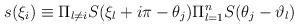
LaTeX: \begin{align*}s(\xi _{i})\equiv \Pi _{l\neq i}S(\xi _{l}+i\pi -\theta _{j})\Pi_{l=1}^{n}S(\theta _{j}-\vartheta _{l}) \end{align*}